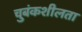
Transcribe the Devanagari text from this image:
चुबंकशीलता